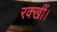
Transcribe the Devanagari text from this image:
रक्खीं।